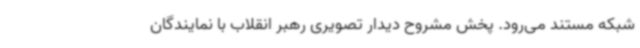
شبکه مستند می‌رود. پخش مشروح دیدار تصویری رهبر انقلاب با نمایندگان